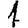
Digit: 1